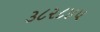
૩૮૨૮૪૫